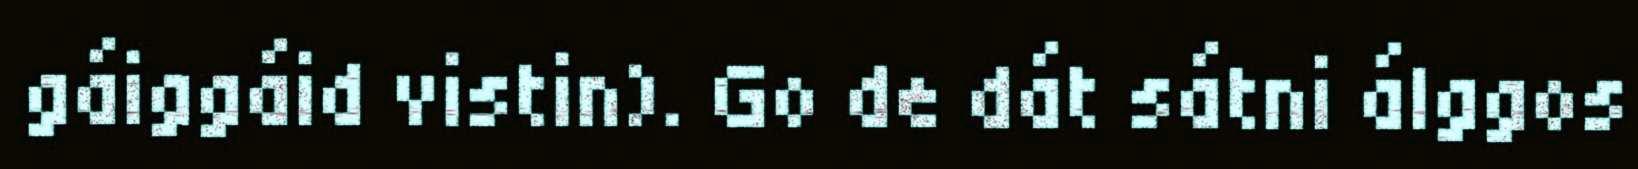
gáiggáid vistin). Go de dát sátni álggos